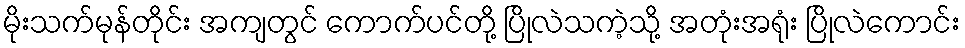
မိုးသက်မုန်တိုင်း အကျတွင် ကောက်ပင်တို့ ပြိုလဲသကဲ့သို့ အတုံးအရုံး ပြိုလဲကောင်း